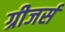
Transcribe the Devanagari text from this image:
ग्रीजर्स